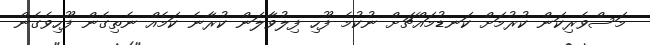
މަސްވެރިކަން ކުރުމަށް ކަނޑުމައްޗަށް ނުކުމެ ފޫހި ފިލުވާލަން ކުރާނެ ކަމެއް ނެތިގެން ފޫހިވެގެން